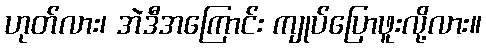
ဟုတ်လား၊ အဲဒီအကြောင်း ကျုပ်ပြောဖူးလို့လား။